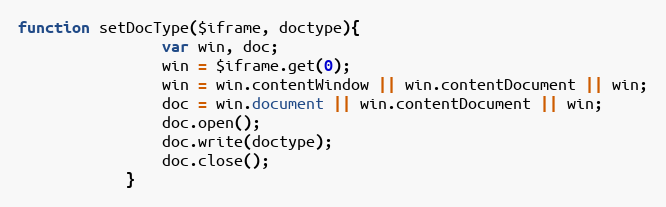
Language: JavaScript
function setDocType($iframe, doctype){
                var win, doc;
                win = $iframe.get(0);
                win = win.contentWindow || win.contentDocument || win;
                doc = win.document || win.contentDocument || win;
                doc.open();
                doc.write(doctype);
                doc.close();
            }